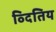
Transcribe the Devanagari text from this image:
व्दितिय